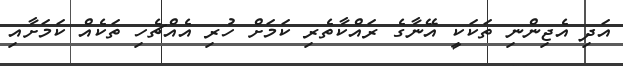
އަދި އެޖިންނި ތަކަކީ އޭނާގެ ރައްކާތެރި ކަމަށް ހުރި އެއްޗެހި ތަކެއް ކަމަށާއި